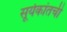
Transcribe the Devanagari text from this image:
सूर्यकांतची